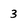
Character: 3